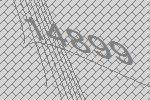
14899